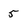
Character: 5